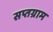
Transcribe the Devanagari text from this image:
सप्तग्राम